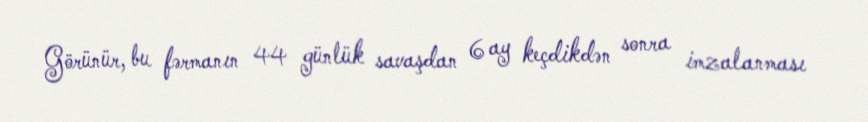
Görünür, bu fərmanın 44 günlük savaşdan 6 ay keçdikdən sonra imzalanması